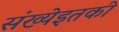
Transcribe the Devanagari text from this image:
संख्येइतकी